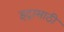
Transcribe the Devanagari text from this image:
इंद्रासाठी